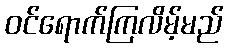
ဝင်ရောက်ကြလိမ့်မည်